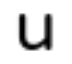
u